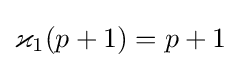
\varkappa _{1}(p+1)=p+1